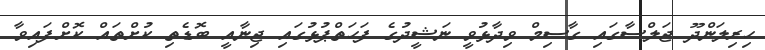
ހިރިލަންދޫ ޖަލްސާގައި ގާސިމް ވިދާޅުވީ ނަޝީދުގެ ފަހަތްޕުޅުގައި ޖިނާއީ ބޮޑެތި ކުށްތައް ކޮށްފައިވާ